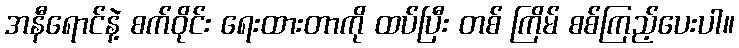
အနီရောင်နဲ့ စက်ဝိုင်း ရေးထားတာကို ထပ်ပြီး တစ် ကြိမ် စစ်ကြည့်ပေးပါ။